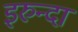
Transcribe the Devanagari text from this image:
इरुन्दा